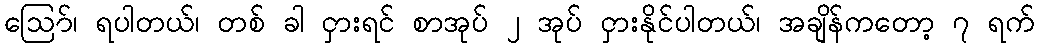
ဪ၊ ရပါတယ်၊ တစ် ခါ ငှားရင် စာအုပ် ၂ အုပ် ငှားနိုင်ပါတယ်၊ အချိန်ကတော့ ၇ ရက်